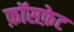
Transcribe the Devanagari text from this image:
फ़ॉसफ़ेट